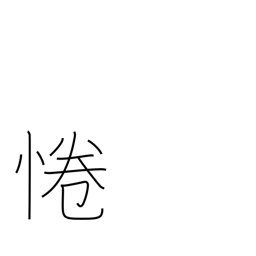
Meaning: be respectful